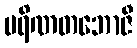
ပရိဏတဘောဇီ